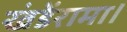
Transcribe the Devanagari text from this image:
खंडेंरामा।